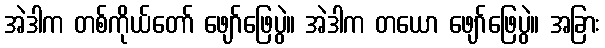
အဲဒါက တစ်ကိုယ်တော် ဖျော်ဖြေပွဲ။ အဲဒါက တယော ဖျော်ဖြေပွဲ။ အခြား